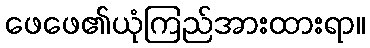
ဖေဖေ၏ယုံကြည်အားထားရာ။